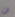
ان